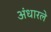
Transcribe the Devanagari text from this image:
अंधारले